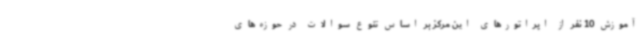
آموزش 10 نفر از اپراتورهای این مرکز بر اساس تنوع سوالات در حوزه‌های